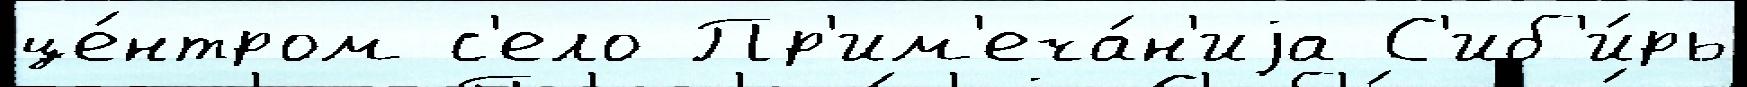
це́нтром с'ело Пр'им'еча́н'иjа С'иб'и́рь